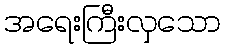
အရေးကြီးလှသော